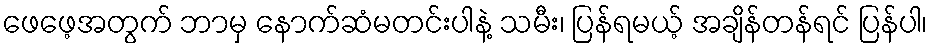
ဖေဖေ့အတွက် ဘာမှ နောက်ဆံမတင်းပါနဲ့ သမီး၊ ပြန်ရမယ့် အချိန်တန်ရင် ပြန်ပါ၊